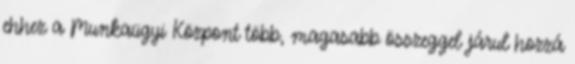
ehhez a Munkaügyi Központ több, magasabb összeggel járul hozzá